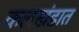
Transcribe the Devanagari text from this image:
कलखंडात